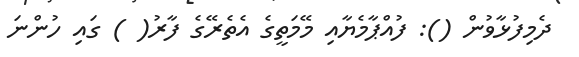
ދެމިފުޅާވުން (): ފުއްޕާމެޔާއި މޭމަތީގެ އެތެރޭގެ ފާރު( ) ގައި ހުންނަ